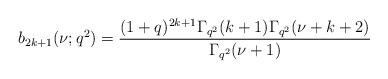
LaTeX: \begin{align*}b_{2k+1}(\nu;q^2)=\frac{(1+q)^{2k+1}\Gamma_{q^2}(k+1)\Gamma_{q^2}(\nu+k+2)}{\Gamma_{q^2}(\nu+1)}\end{align*}